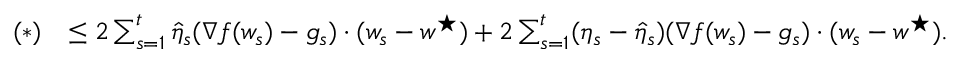
\begin{array} { r l } { ( * ) } & { \leq 2 \sum _ { s = 1 } ^ { t } \hat { \eta } _ { s } ( \nabla f ( w _ { s } ) - g _ { s } ) \boldsymbol { \cdot } ( w _ { s } - w ^ { \star } ) + 2 \sum _ { s = 1 } ^ { t } ( \eta _ { s } - \hat { \eta } _ { s } ) ( \nabla f ( w _ { s } ) - g _ { s } ) \boldsymbol { \cdot } ( w _ { s } - w ^ { \star } ) . } \end{array}